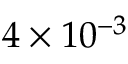
4 \times 1 0 ^ { - 3 }